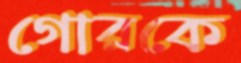
গোরকে